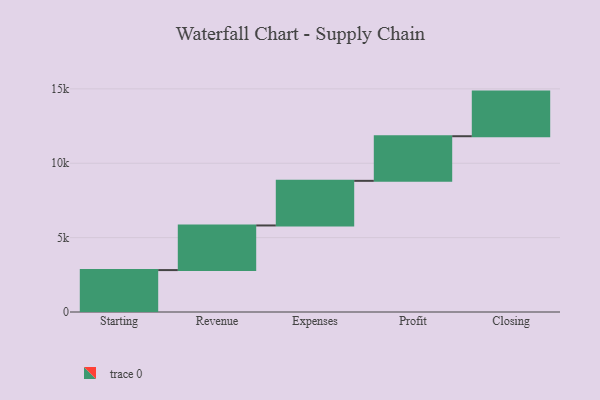
{"axis": {"x": "Step", "y": "Value"}, "legend": [""], "data": [{"x": "Starting", "y": 2818.0, "type": ""}, {"x": "Revenue", "y": 3000, "type": ""}, {"x": "Expenses", "y": 3000, "type": ""}, {"x": "Profit", "y": 3000, "type": ""}, {"x": "Closing", "y": 3000, "type": ""}]}